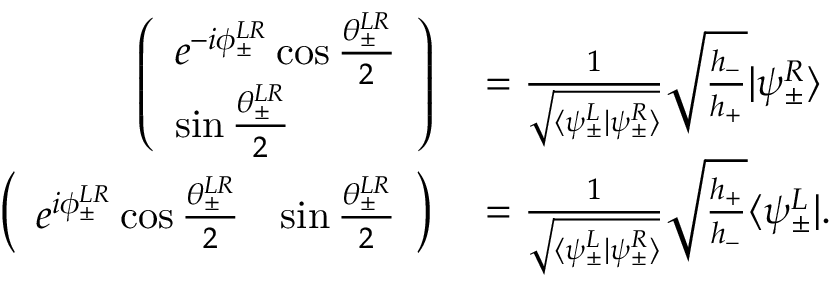
\begin{array} { r l } { \left( \begin{array} { l } { e ^ { - i \phi _ { \pm } ^ { L R } } \cos \frac { \theta _ { \pm } ^ { L R } } { 2 } } \\ { \sin \frac { \theta _ { \pm } ^ { L R } } { 2 } } \end{array} \right) } & { { } = \frac { 1 } { \sqrt { \langle \psi _ { \pm } ^ { L } | \psi _ { \pm } ^ { R } \rangle } } \sqrt { \frac { h _ { - } } { h _ { + } } } | \psi _ { \pm } ^ { R } \rangle } \\ { \left( \begin{array} { l l } { e ^ { i \phi _ { \pm } ^ { L R } } \cos \frac { \theta _ { \pm } ^ { L R } } { 2 } } & { \sin \frac { \theta _ { \pm } ^ { L R } } { 2 } } \end{array} \right) } & { { } = \frac { 1 } { \sqrt { \langle \psi _ { \pm } ^ { L } | \psi _ { \pm } ^ { R } \rangle } } \sqrt { \frac { h _ { + } } { h _ { - } } } \langle \psi _ { \pm } ^ { L } | . } \end{array}